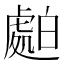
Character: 𧇤